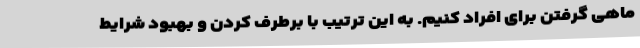
ماهی گرفتن برای افراد کنیم. به این ترتیب با برطرف کردن و بهبود شرایط